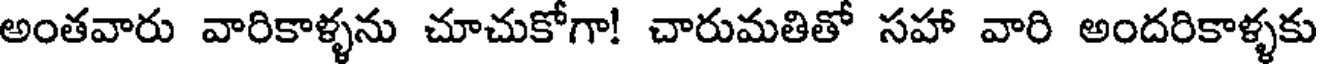
అంతవారు వారికాళ్ళను చూచుకోగా! చారుమతితో సహా వారి అందరికాళ్ళకు